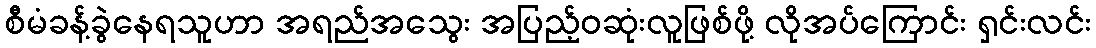
စီမံခန့်ခွဲနေရသူဟာ အရည်အသွေး အပြည့်ဝဆုံးလူဖြစ်ဖို့ လိုအပ်ကြောင်း ရှင်းလင်း